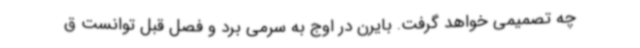
چه تصمیمی خواهد گرفت. بایرن در اوج به سرمی برد و فصل قبل توانست ق